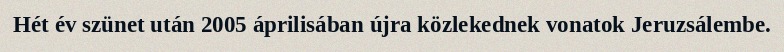
Hét év szünet után 2005 áprilisában újra közlekednek vonatok Jeruzsálembe.